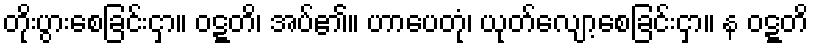
တိုးပွားစေခြင်းငှာ။ ဝဋ္ဋတိ၊ အပ်၏။ ဟာပေတုံ၊ ယုတ်လျော့စေခြင်းငှာ။ န ဝဋ္ဋတိ